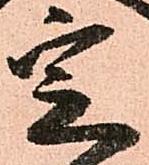
定